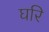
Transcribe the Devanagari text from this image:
घरि